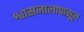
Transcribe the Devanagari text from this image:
श्वासनालापासून